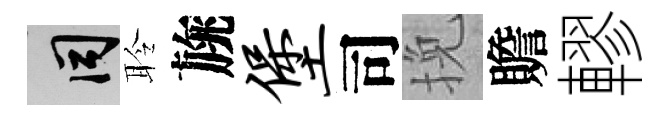
间聆旐堡司挽贍轇